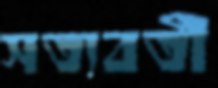
সত্যবতী